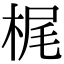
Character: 梶